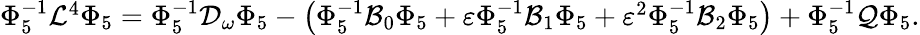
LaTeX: \begin{array}{r}{\Phi_{5}^{-1}\mathcal{L}^{4}\Phi_{5}=\Phi_{5}^{-1}\mathcal{D}_{\omega}\Phi_{5}-\left(\Phi_{5}^{-1}\mathcal{B}_{0}\Phi_{5}+\varepsilon\Phi_{5}^{-1}\mathcal{B}_{1}\Phi_{5}+\varepsilon^{2}\Phi_{5}^{-1}\mathcal{B}_{2}\Phi_{5}\right)+\Phi_{5}^{-1}\mathcal{Q}\Phi_{5}.}\end{array}